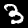
Label: 3